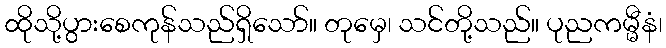
ထိုသို့ပွားစေကုန်သည်ရှိသော်။ တုမှေ၊ သင်တို့သည်။ ပုညကမ္မီနံ၊